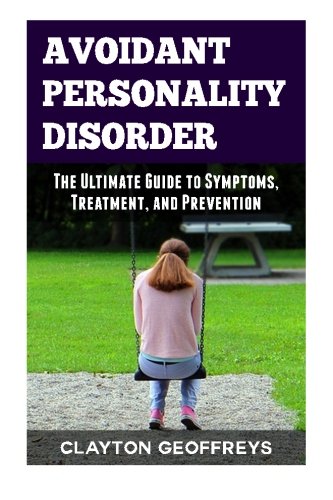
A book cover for Avoidant Personality Disorder: The Ultimate Guide to Symptoms, Treatment, and Prevention (Personality Disorders); Clayton Geoffreys; Health, Fitness & Dieting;